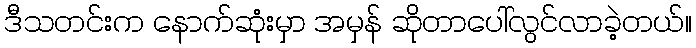
ဒီသတင်းက နောက်ဆုံးမှာ အမှန် ဆိုတာပေါ်လွင်လာခဲ့တယ်။